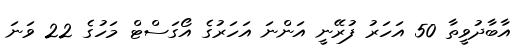
އާބާދުވީތާ 50 އަހަރު ފުރޭނީ އަންނަ އަހަރުގެ އޯގަސްޓް މަހުގެ 22 ވަނަ